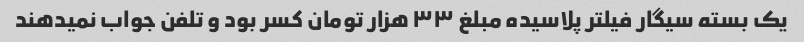
یک بسته سیگار فیلتر پلاسیده مبلغ ۳۳ هزار تومان کسر بود و تلفن جواب نمیدهند